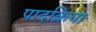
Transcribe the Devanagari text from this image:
पादक्रिया